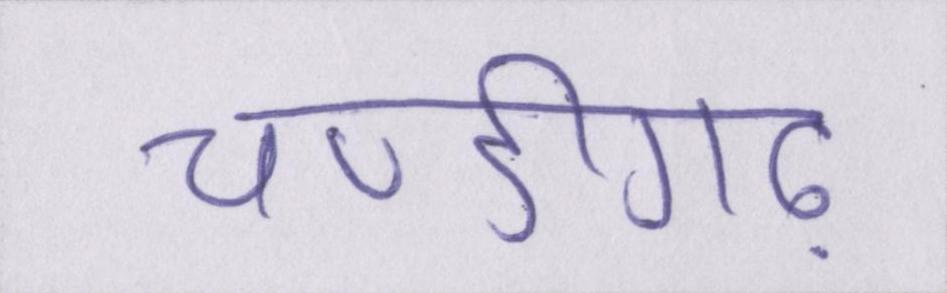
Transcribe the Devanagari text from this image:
चण्डीगढ़